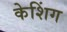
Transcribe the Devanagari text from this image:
केशिंग